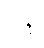
ပို့ချ